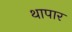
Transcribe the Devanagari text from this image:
थापार